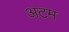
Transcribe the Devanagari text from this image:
अटम